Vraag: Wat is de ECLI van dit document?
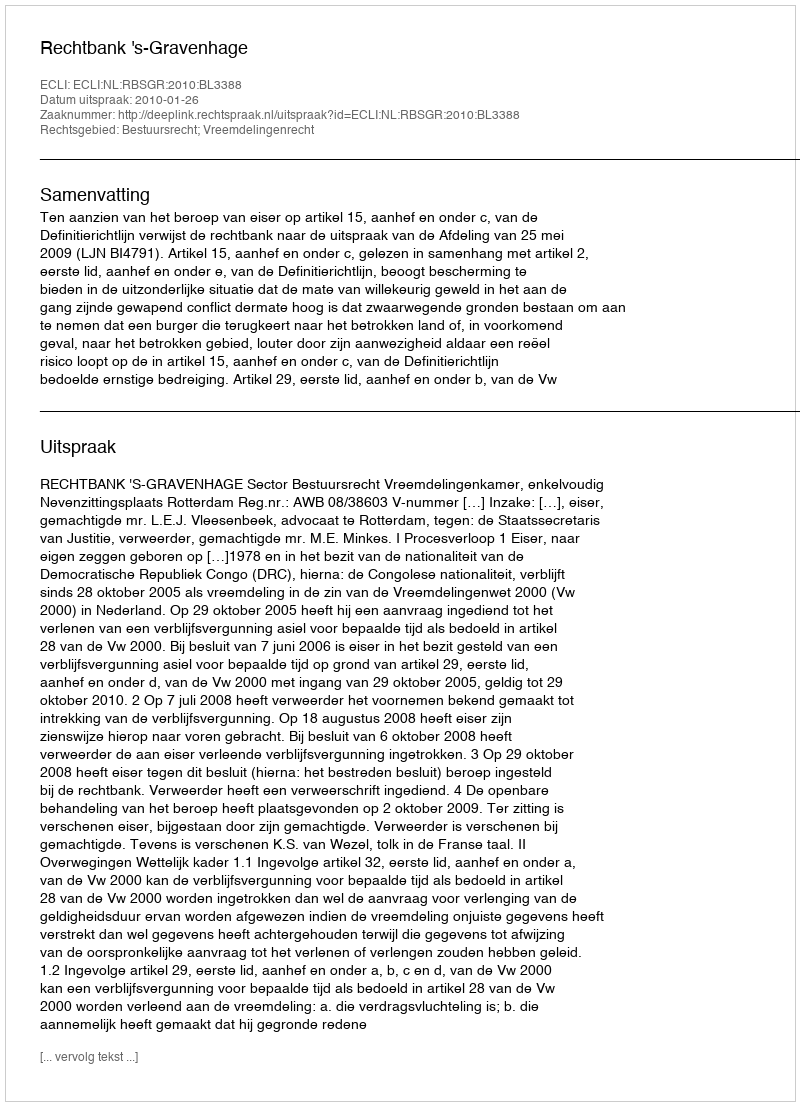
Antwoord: ECLI:NL:RBSGR:2010:BL3388